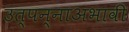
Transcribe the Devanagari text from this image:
उत्पन्नाअभावी